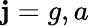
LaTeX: \mathbf{j}=g,a